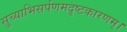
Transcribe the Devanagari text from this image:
सुच्याभिसर्पणमदृष्टकारणम्।